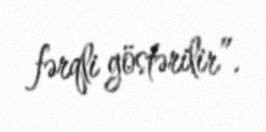
fərqli göstərilir”.